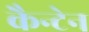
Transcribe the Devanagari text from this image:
कैन्टेन